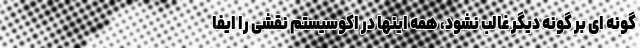
گونه ای بر گونه دیگر غالب نشود، همه اینها در اکوسیستم نقشی را ایفا